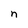
Character: n